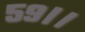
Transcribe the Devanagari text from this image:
५९।।